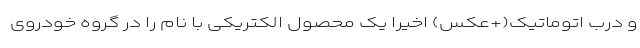
و درب اتوماتیک(+عکس) اخیرا یک محصول الکتریکی با نام را در گروه خودروی